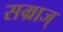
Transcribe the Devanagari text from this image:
सम्राज्